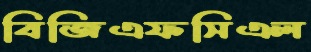
বিজিএফসিএল